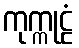
ကုက္ကုဠံ